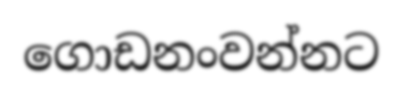
ගොඩනංවන්නට